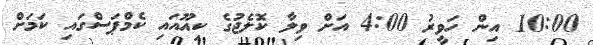
10:00 އިން ހަވީރު 4:00 އަށް ވިލާ ކޮލެޖުގެ ކިއޫއައި ކެމްޕަސްގައި ކަމަށް